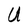
Character: U